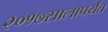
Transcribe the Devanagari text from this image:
२०१७सालापर्यंत